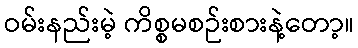
ဝမ်းနည်းမဲ့ ကိစ္စမစဉ်းစားနဲ့တော့။